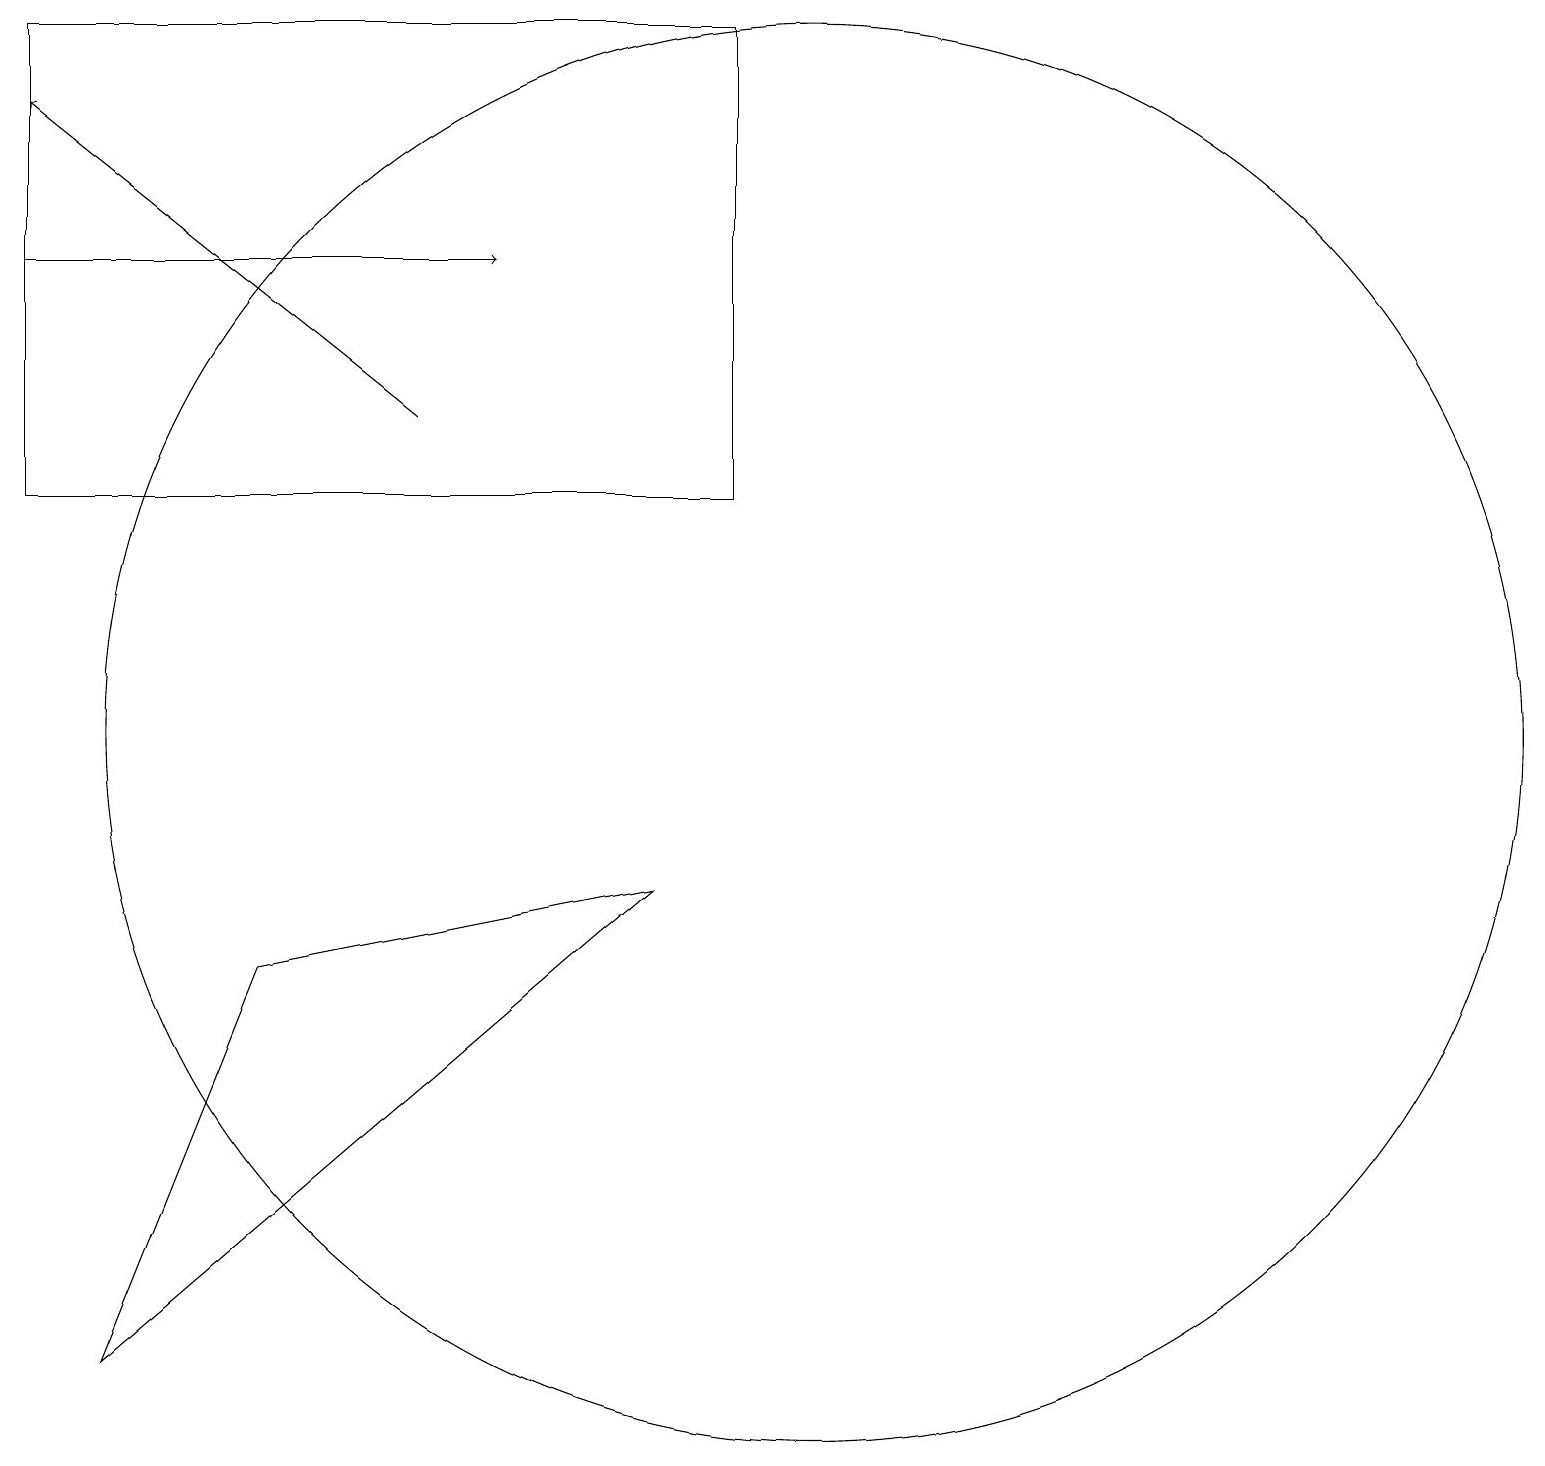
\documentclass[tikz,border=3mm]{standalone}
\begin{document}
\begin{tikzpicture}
\draw (0,13) rectangle (9,19);
\draw (3,7) -- (1,2) -- (8,8) -- cycle;
\draw[->] (5,14) -- (0,18);
\draw[->] (0,16) -- (6,16);
\draw (10,10) circle (9);
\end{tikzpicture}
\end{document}